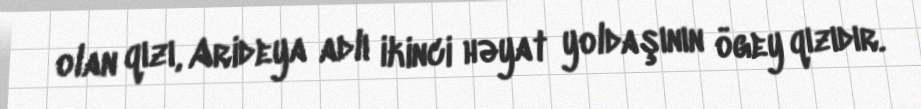
olan qızı, Arideya adlı ikinci həyat yoldaşının ögey qızıdır.